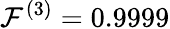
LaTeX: \mathcal{F}^{(3)}=0.9999